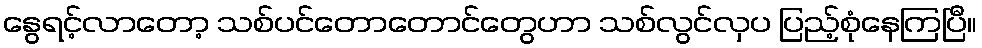
နွေရင့်လာတော့ သစ်ပင်တောတောင်တွေဟာ သစ်လွင်လှပ ပြည့်စုံနေကြပြီ။